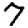
Digit: 7